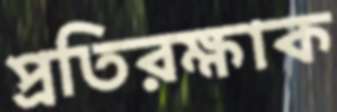
প্রতিরক্ষাক